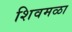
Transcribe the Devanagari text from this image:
शिवमळा